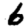
Digit: 6